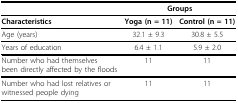
|  | <COLSPAN=2> Groups |
 | --- | --- | --- |
 | Characteristics | Yoga (n = 11) | Control (n = 11) |
 | Age (years) | 32.1 ± 9.3 | 30.8 ± 5.5 |
 | Years of education | 6.4 ± 1.1 | 5.9 ± 2.0 |
 | Number who had themselves been directly affected by the floods | 11 | 11 |
 | Number who had lost relatives or witnessed people dying | 11 | 11 |